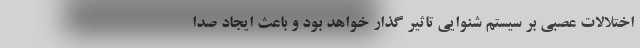
اختلالات عصبی بر سیستم شنوایی تاثیر گذار خواهد بود و باعث ایجاد صدا